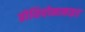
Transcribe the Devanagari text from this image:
प्रोथियोनामाइड